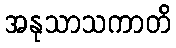
အနုသာသကာတိ